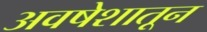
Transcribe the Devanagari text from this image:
अवषेशातून